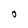
Character: O